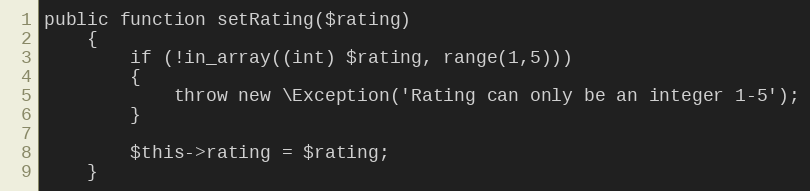
Language: PHP
public function setRating($rating)
    {
        if (!in_array((int) $rating, range(1,5)))
        {
            throw new \Exception('Rating can only be an integer 1-5');
        }

        $this->rating = $rating;
    }